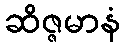
ဆိဇ္ဇမာနံ